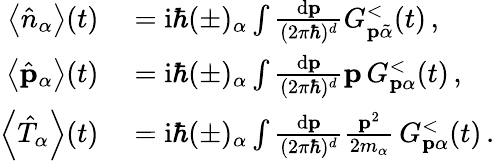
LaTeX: \begin{array}{rl}{\left\langle\hat{n}_{\alpha}\right\rangle(t)}&{{}=\mathrm{i}\hbar(\pm)_{\alpha}\int\frac{\mathrm{d}\mathbf{p}}{(2\pi\hbar)^{d}}G_{\mathbf{p}\tilde{\alpha}}^{<}(t)\, ,}\\ {\left\langle\hat{\mathbf{p}}_{\alpha}\right\rangle(t)}&{{}=\mathrm{i}\hbar(\pm)_{\alpha}\int\frac{\mathrm{d}\mathbf{p}}{(2\pi\hbar)^{d}}\mathbf{p}\, G_{\mathbf{p}\alpha}^{<}(t)\, ,}\\ {\left\langle\hat{T}_{\alpha}\right\rangle(t)}&{{}=\mathrm{i}\hbar(\pm)_{\alpha}\int\frac{\mathrm{d}\mathbf{p}}{(2\pi\hbar)^{d}}\frac{\mathbf{p}^{2}}{2m_{\alpha}}\, G_{\mathbf{p}\alpha}^{<}(t)\, .}\end{array}